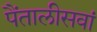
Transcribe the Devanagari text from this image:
पैंतालीसवां